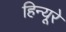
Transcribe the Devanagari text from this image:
हिन्यूरे